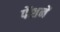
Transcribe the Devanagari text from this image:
पेंशनें